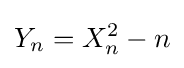
Y_{n}=X_{n}^{2}-n